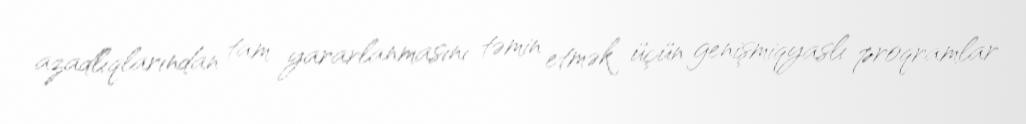
azadlıqlarından tam yararlanmasını təmin etmək üçün genişmiqyaslı proqramlar